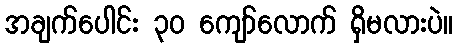
အချက်ပေါင်း ၃၀ ကျော်လောက် ရှိမလားပဲ။